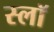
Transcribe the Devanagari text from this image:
स्लॉ